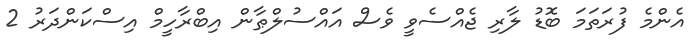
އެންމެ ފުރަތަމަ ބޮޑު ލާރި ޖެއްސެވީ ވެސް އައްސުލްޠާން އިބްރާހީމް އިސްކަންދަރު 2